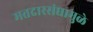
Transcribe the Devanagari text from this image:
मतदारसंघामुळे